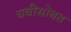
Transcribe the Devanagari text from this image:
चवीसोबत